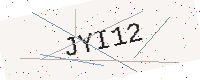
Text: JYI12